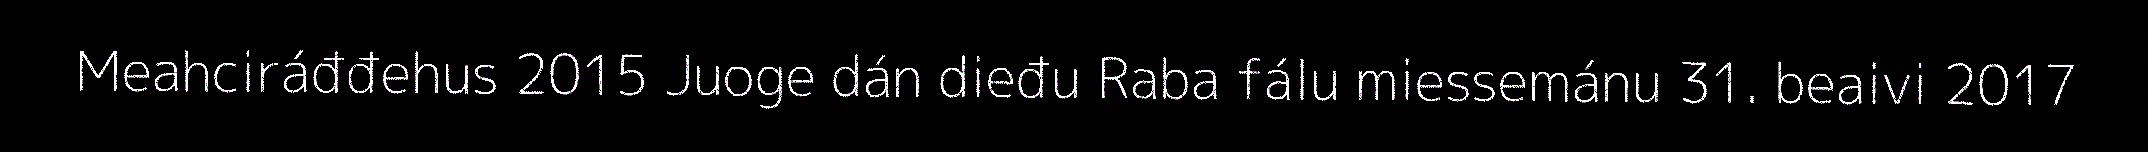
Meahciráđđehus 2015 Juoge dán dieđu Raba fálu miessemánu 31. beaivi 2017